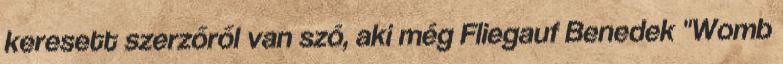
keresett szerzőről van szó, aki még Fliegauf Benedek "Womb